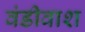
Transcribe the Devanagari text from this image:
वंडीवाश